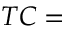
T C =